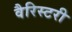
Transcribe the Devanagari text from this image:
वैरिस्टरी